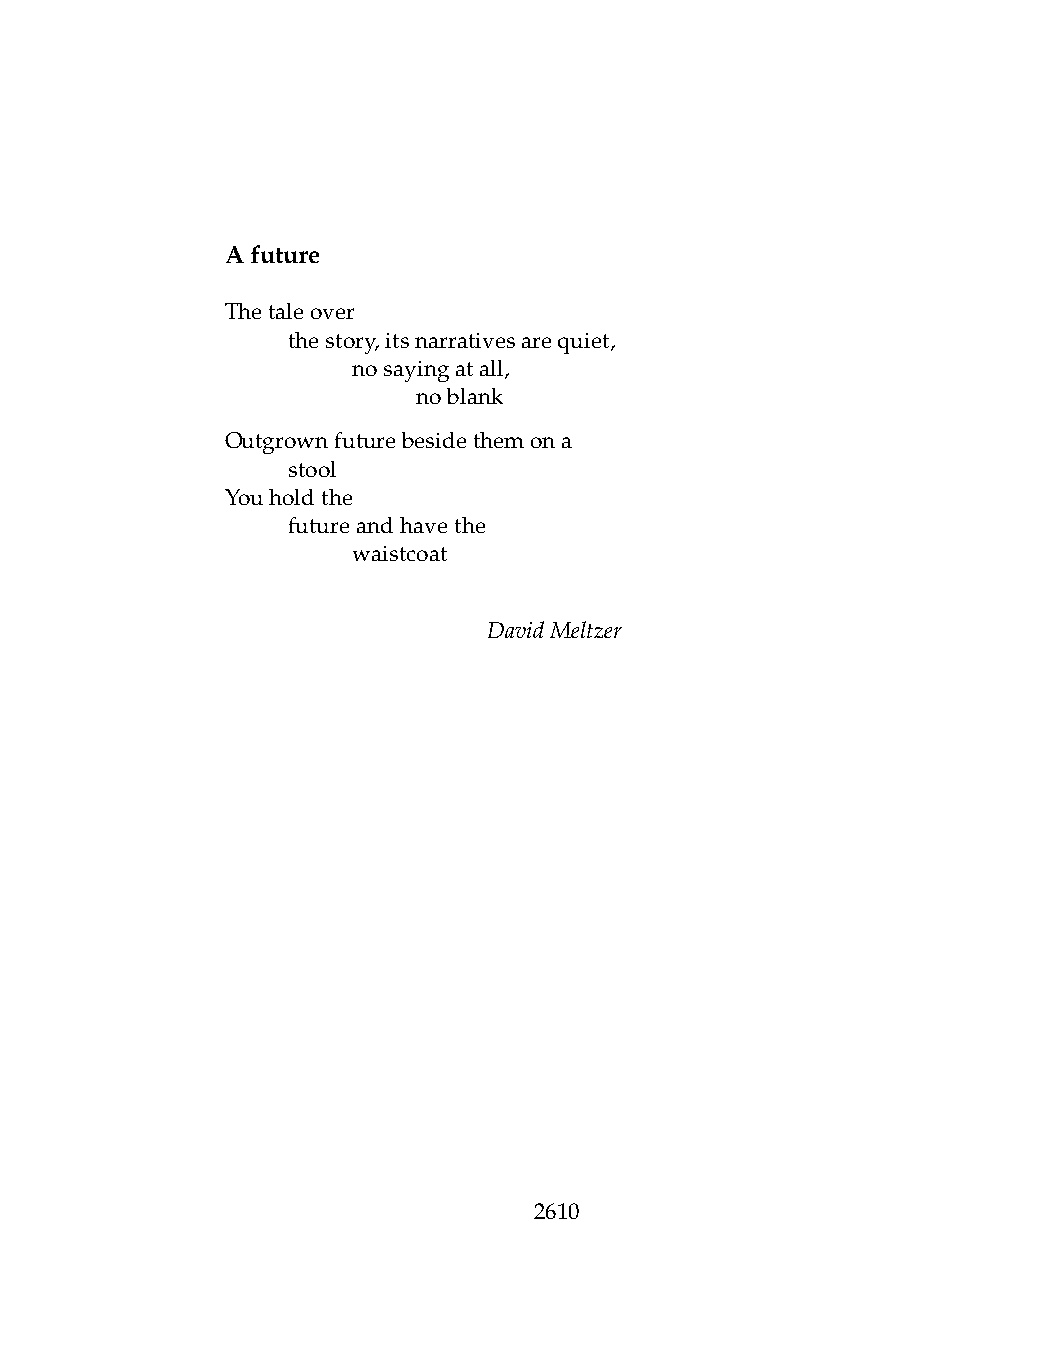
Afuture
 Thetaleover
 .   thestory,itsnarrativesarequiet,
 .   .   nosayingatall,
 .   .   .    noblank
 Outgrownfuturebesidethemona
 .   stool
 Youholdthe
 .   futureandhavethe
 .   .   waistcoat
 DavidMeltzer
 2610